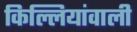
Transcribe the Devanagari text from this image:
किल्लियांवाली